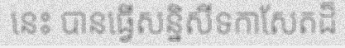
នេះ បានធ្វើសន្និសីទកាសែតដ៏